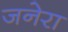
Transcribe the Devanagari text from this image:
जनेरा